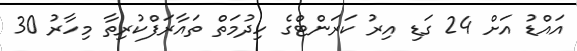
އައްޑު އަށް 24 ގަޑި އިރު ކަރަންޓްގެ ހިދުމަތް ތައާރަފްކުރިތާ މިހާރު 30